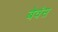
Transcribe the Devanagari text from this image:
बेवंस